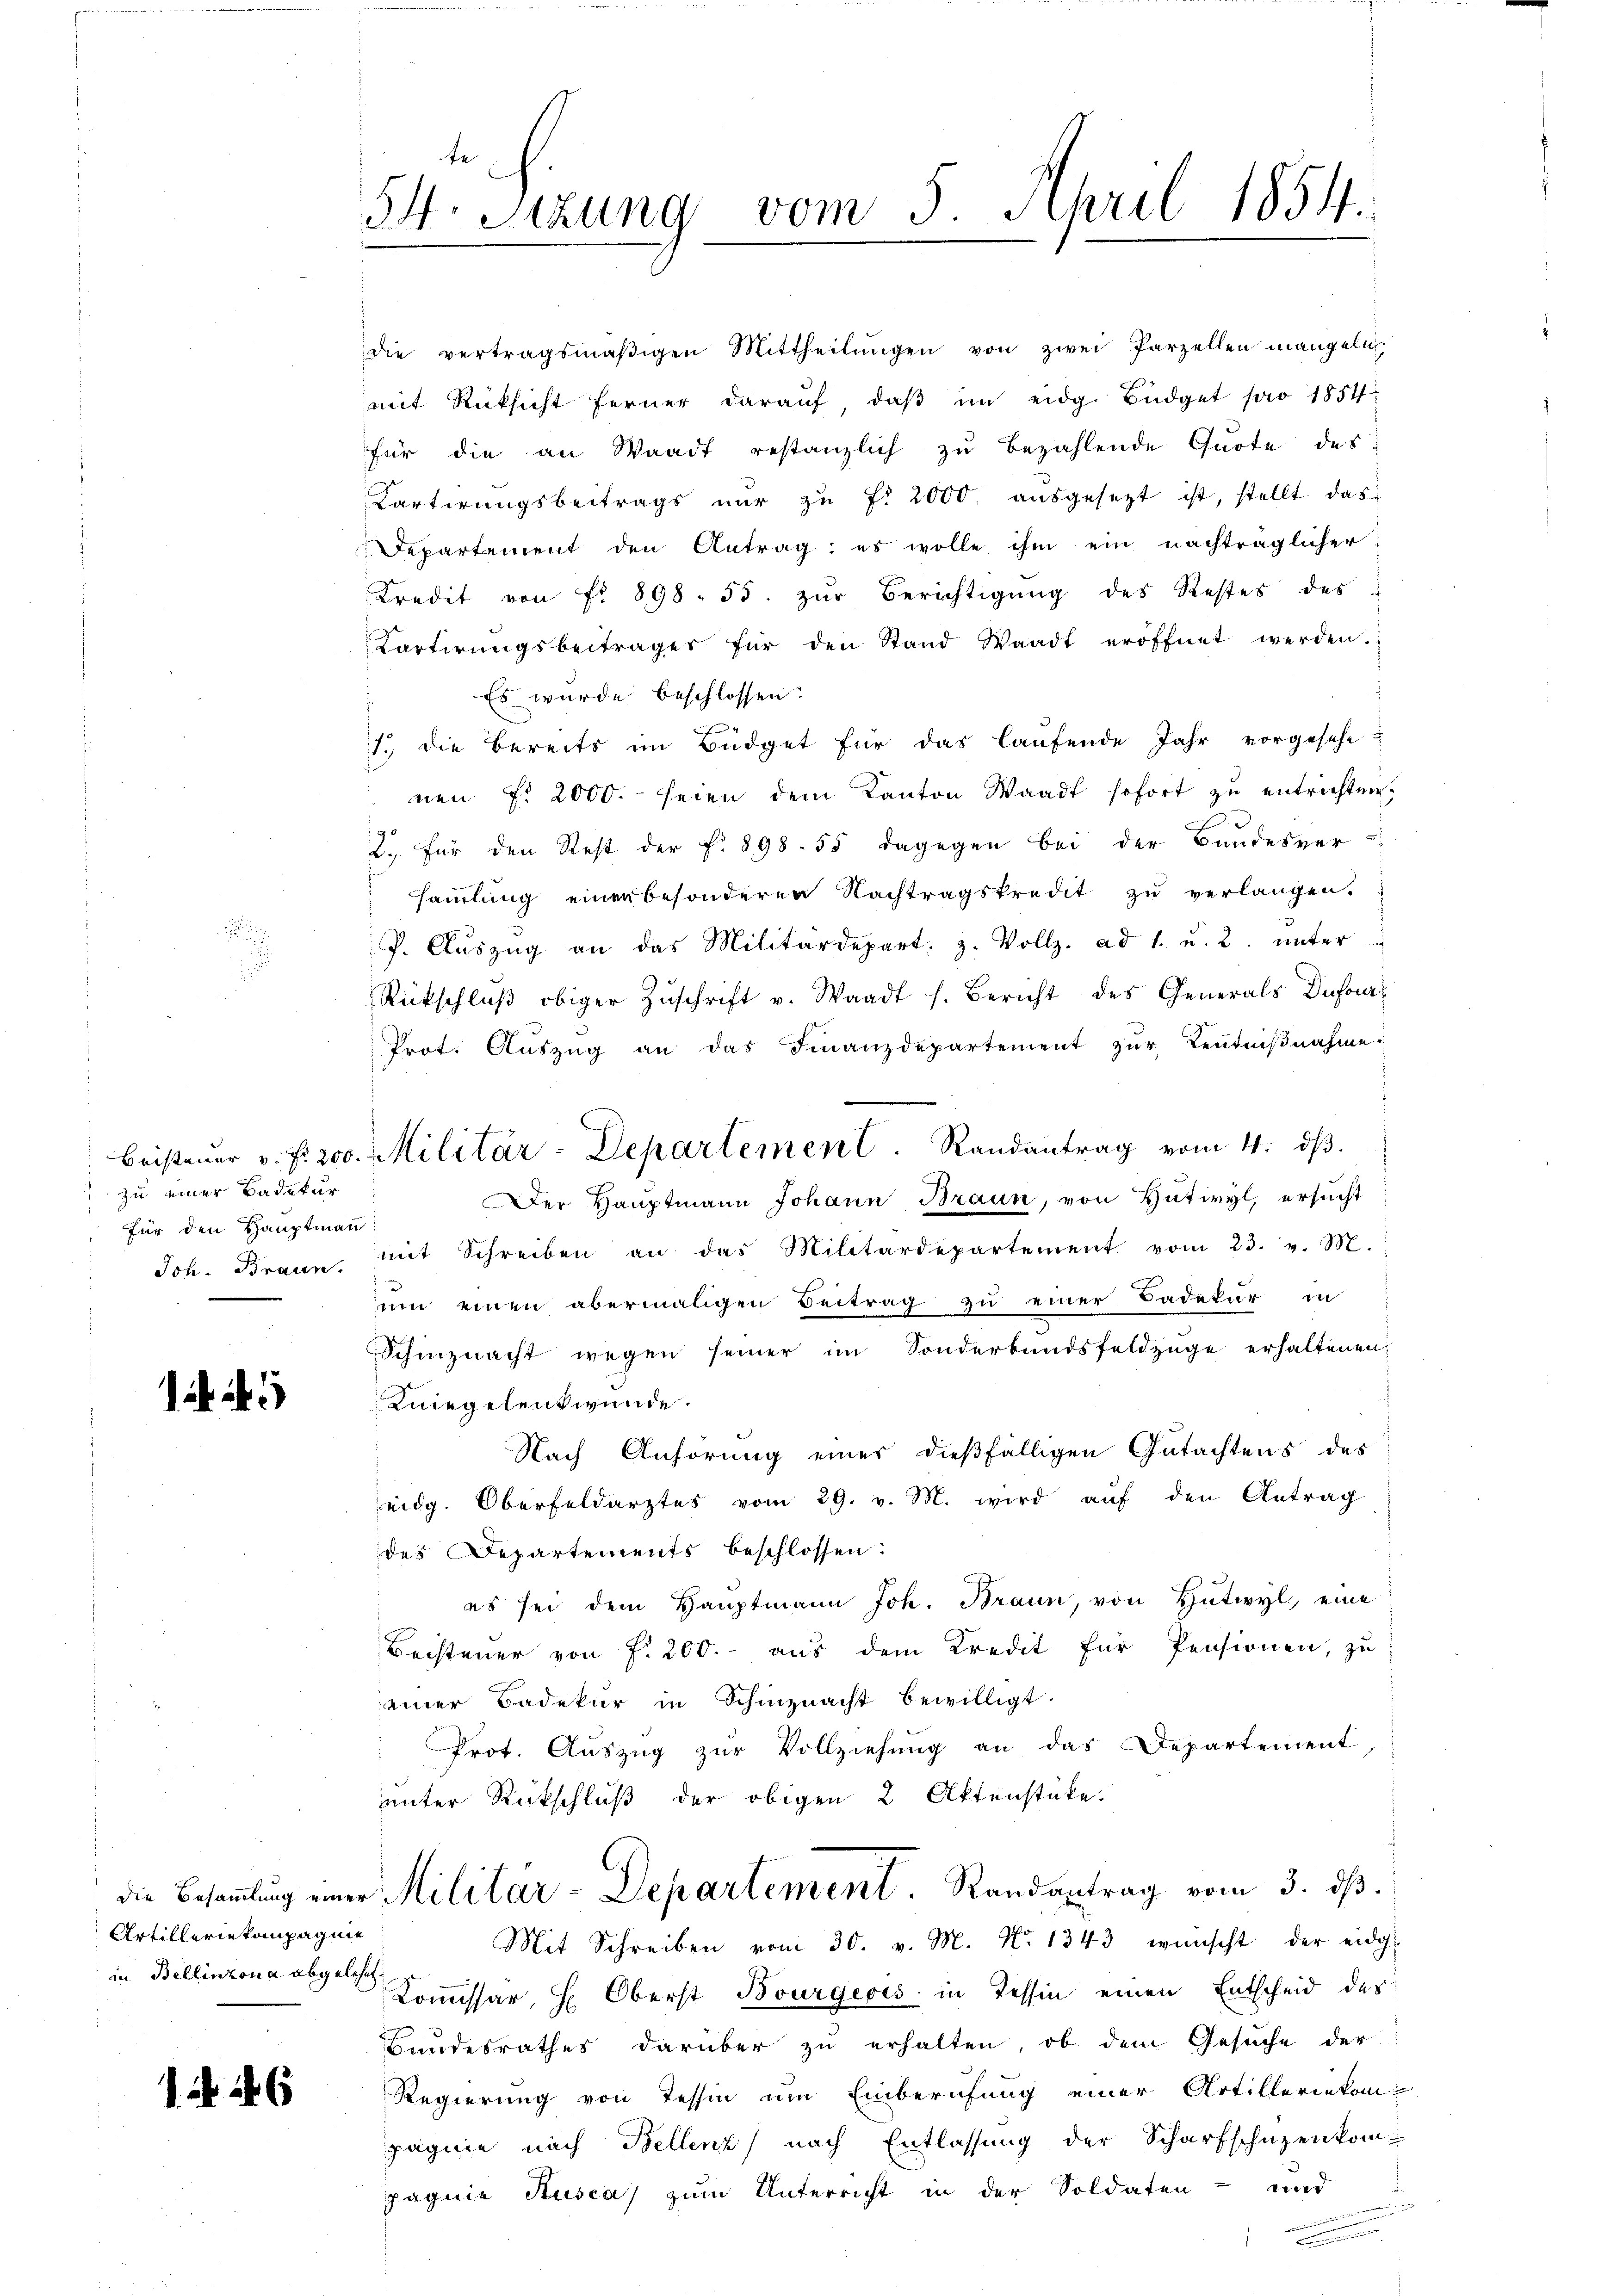
Beisteuer v. fr. 200.
 zu einer Badekur
für den Hauptmann!
Joh. Braun.

Artilleriekompagnie
in Bellinzona abgelehnt

1

54. Sitzung vom 5. April 1854.

die vertragsmäßigen Mittheilungen von zwei Parzellen mangeln,
mit Rücksicht ferner daraŭf, daβ im eidg. Büdget pro 1854
für die an Waadt restanzlich zu bezahlende Quote des
Cartirungsbeitrags nur zu f. 2000 ausgesetzt ist, stellt das
Departement den Antrag: es wolle ihm ein nachträglicher
Kredit von fr. 898. 55. zŭr Berichtigŭng des Restes des
Kartirungsbeiträger für den Stand Waadt eröffnet werden.

Militär-Departement. Randantrag vom 4. dβ.

Es wurde beschlossen:
1. die Bereits im Büdget für das laufende Jahr vorgesehe
nen f. 2000. seien dem Kanton Waadt sofort zŭ entrichten,
2.) Für den Rest der f. 898. 55 dagegen bei der Bundesver-
samlung einen besonderen Nachtragskredit zŭ verlangen.
P. Aŭszŭg an das Militärdepart. 3. Vollz. ad 1. u. 2. unter
Rückschlŭβ obiger Zŭschrift v. Waadt s. Bericht des Generals Dufour¬
Prot. Aŭszŭg an das Finanzdepartement zŭr Keṅtniβnahme.
Der Hauptmann Johann Braun, von Hutwyl, ersucht
mit Schreiben an das Militärdepartement vom 23. v. M.
um einen abermaligen Beitrag zu einer Badekur in
Schinznacht wegen seiner im Sonderbundsfeldzüge erhaltenen
Kiegelenkwunde.
Nach Anhörung einer dießfälligen Gutachtens des
eidg. Oberfeldarztes vom 29. v. M. wird aŭf den Antrag
des Departements beschlossen:
es sei dem Hauptmann Joh. Braun, von Entwyl, eine
Becsteuer von f. 200. aus dem Kredit für Pensionen, zu
einer Badekur in Schinznacht bewilligt.
Prot. Auszug zur Vollziehung an das Departement
unter Rückschluß der obigen 2 Aktenstücke.
die Besammlung einer Militar-Departement. Randantrag vom 3. ds.
Mit Schreiben vom 30. v. M. N. 1343 wünscht der eidg
Kommissär, H. Oberst Bourgeois in Tessin einen Entscheid der
Bundesrathes darüber zu erhalten, ob dem Gesuche der
Regierung von Tessin um Einberufung einer Artilleriekompagnie nach Bellenz nach Entlassung der Scharfschüzenkompagnie Susca, zum Unterricht in der Soldaten- und